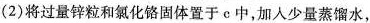
(2)将过量锌粒和氯化铬固体置于c中，加入少量蒸馏水，